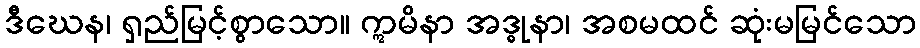
ဒီဃေန၊ ရှည်မြင့်စွာသော။ ဣမိနာ အဒ္ဓုနာ၊ အစမထင် ဆုံးမမြင်သော